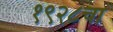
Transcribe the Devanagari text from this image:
१९२८चा